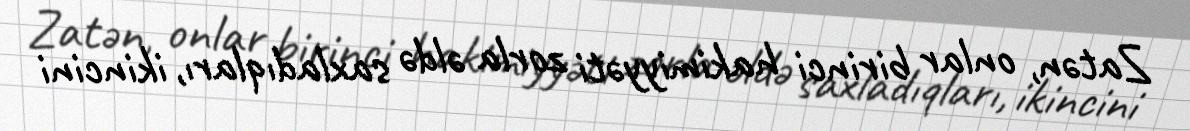
Zatən, onlar birinci hakimiyyəti zorla əldə saxladıqları, ikincini